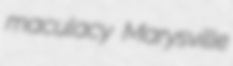
maculacy Marysville